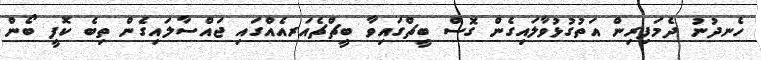
ހެނދުނު ދެމަފިރިން އަތުގުޅުވާލައިގެން ގޮސް ބީޗްގައިވާ ބީޗްޗެއަރއެއްގައި ޖައްސާލައިގެން ތިބެ ކޮފީ ބޯން